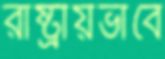
রাষ্ট্রীয়ভাবে